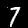
Label: 7